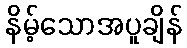
နိမ့်သောအပူချိန်